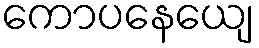
ကောပနေယျေ